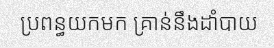
ប្រពន្ធយកមក គ្រាន់នឹងដាំបាយ